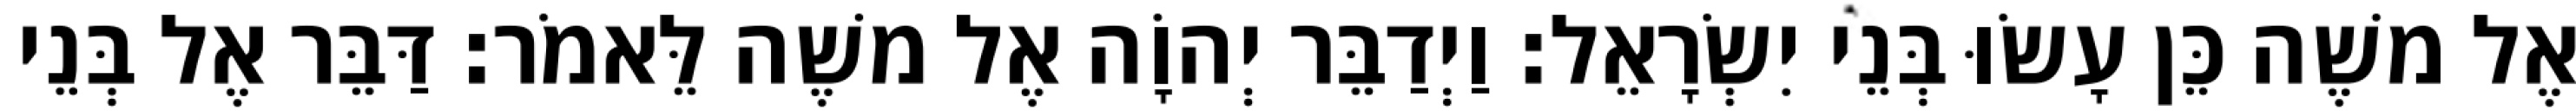
אֶל משֶׁה כֵּן עָשׂוּ בְּנֵי יִשְׂרָאֵל׃ וַיְדַבֵּר יְהוָֹה אֶל משֶׁה לֵּאמֹר׃ דַּבֵּר אֶל בְּנֵי